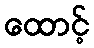
ထောင့်